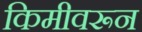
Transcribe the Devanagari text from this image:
किमीवरून